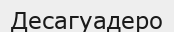
Десагуадеро